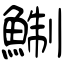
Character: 鯯